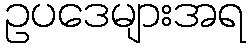
ဥပဒေများအရ